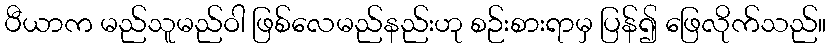
ပီယာက မည်သူမည်ဝါ ဖြစ်လေမည်နည်းဟု စဉ်းစားရာမှ ပြန်၍ ဖြေလိုက်သည်။